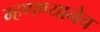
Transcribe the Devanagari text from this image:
म्हणण्यानेच